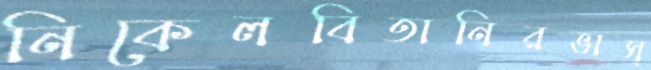
নিকেলবিতানিরভাস্